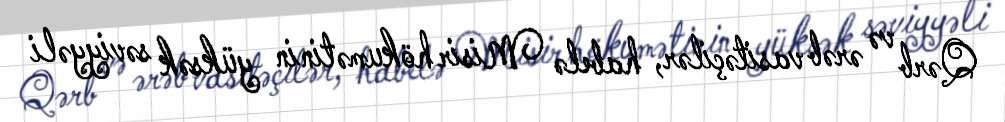
Qərb və ərəb vasitəçilər, habelə Misir hökumətinin yüksək səviyyəli